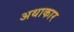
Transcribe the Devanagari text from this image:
अथाकार